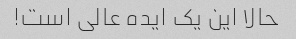
حالا این یک ایده عالی است!